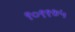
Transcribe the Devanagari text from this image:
९०९१७५